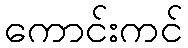
ကောင်းကင်